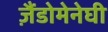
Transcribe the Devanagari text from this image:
ज़ैंडोमेनेघी